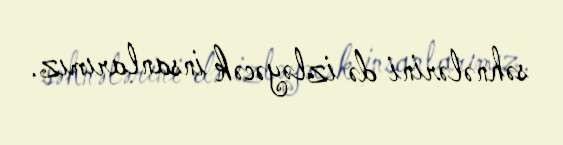
səhnələrini də izləyəcək insanlarımız.